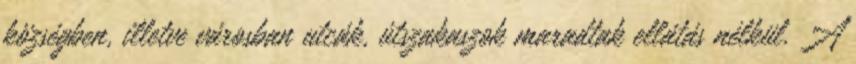
községben, illetve városban utcák, útszakaszok maradtak ellátás nélkül. A